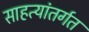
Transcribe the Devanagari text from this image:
साहत्यांतर्गत